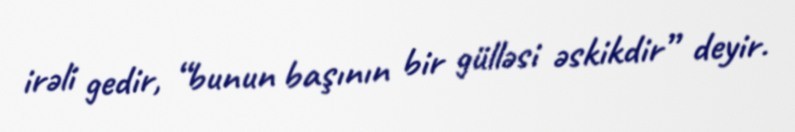
irəli gedir, “bunun başının bir gülləsi əskikdir” deyir.